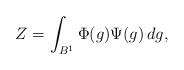
LaTeX: \begin{align*} Z = \int_{B^1} \Phi(g) \Psi(g) \, dg,\end{align*}